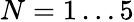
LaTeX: N=1\dots 5